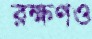
রক্ষণও